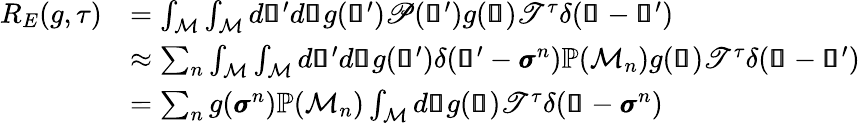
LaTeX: \begin{array}{rl}{R_{E}(g,\tau)}&{=\int_{\mathcal{M}}\int_{\mathcal{M}}d\pmb{\mathscr{s}}^{\prime}d\pmb{\mathscr{s}}g(\pmb{\mathscr{s}}^{\prime})\mathscr{P}(\pmb{\mathscr{s}}^{\prime})g(\pmb{\mathscr{s}})\mathscr{T}^{\tau}\delta(\pmb{\mathscr{s}}-\pmb{\mathscr{s}}^{\prime})}\\ &{\approx\sum_{n}\int_{\mathcal{M}}\int_{\mathcal{M}}d\pmb{\mathscr{s}}^{\prime}d\pmb{\mathscr{s}}g(\pmb{\mathscr{s}}^{\prime})\delta(\pmb{\mathscr{s}}^{\prime}-\pmb{\sigma}^{n})\mathbb{P}(\mathcal{M}_{n})g(\pmb{\mathscr{s}})\mathscr{T}^{\tau}\delta(\pmb{\mathscr{s}}-\pmb{\mathscr{s}}^{\prime})}\\ &{=\sum_{n}g(\pmb{\sigma}^{n})\mathbb{P}(\mathcal{M}_{n})\int_{\mathcal{M}}d\pmb{\mathscr{s}}g(\pmb{\mathscr{s}})\mathscr{T}^{\tau}\delta(\pmb{\mathscr{s}}-\pmb{\sigma}^{n})}\end{array}